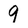
Character: 9